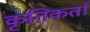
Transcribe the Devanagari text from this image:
कृतिकर्ता